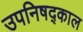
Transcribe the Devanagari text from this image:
उपनिषद्काल